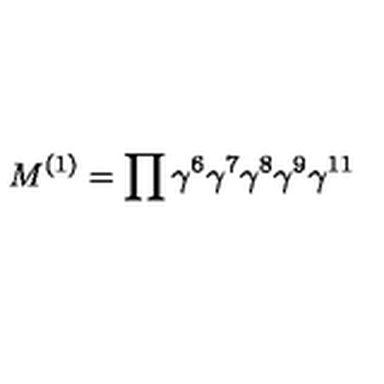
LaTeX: M ^ { ( 1 ) } = \prod \gamma ^ { 6 } \gamma ^ { 7 } \gamma ^ { 8 } \gamma ^ { 9 } \gamma ^ { 1 1 }